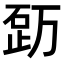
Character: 𥒿